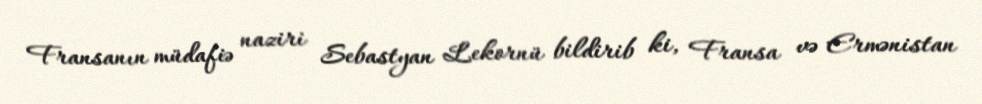
Fransanın müdafiə naziri Sebastyan Lekornü bildirib ki, Fransa və Ermənistan